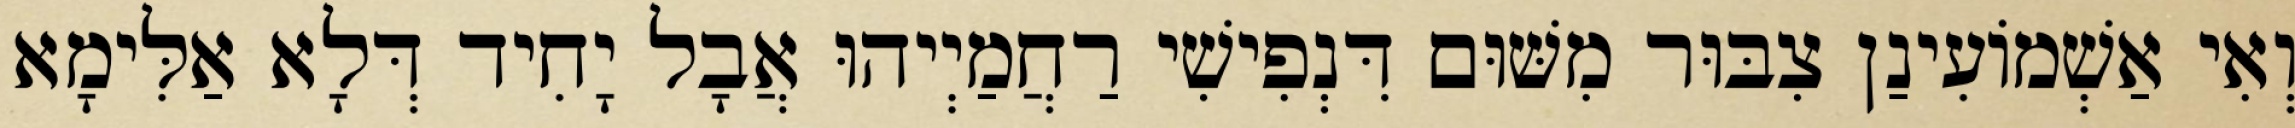
וְאִי אַשְׁמוֹעִינַן צִבּוּר מִשּׁוּם דִּנְפִישִׁי רַחֲמַיְיהוּ אֲבָל יָחִיד דְּלָא אַלִּימָא